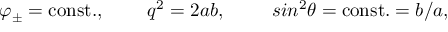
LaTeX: \varphi _ { \pm } = \mathrm { c o n s t . } , \; \; \; \; \; \; \; \; q ^ { 2 } = 2 a b , \; \; \; \; \; \; \; \; \, s i n ^ { 2 } \theta = { \mathrm { c o n s t . } } = b / a ,